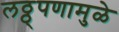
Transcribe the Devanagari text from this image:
लठ्ठ्पणामुळे